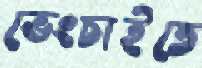
ভেংচাইতে